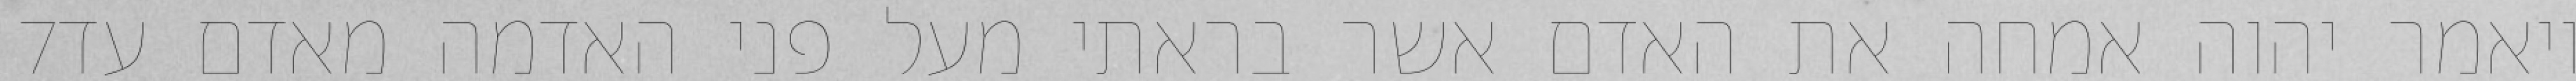
‎7‏ ויאמר יהוה אמחה את האדם אשר בראתי מעל פני האדמה מאדם עד